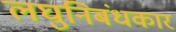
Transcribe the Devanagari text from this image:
लघुनिबंधकार